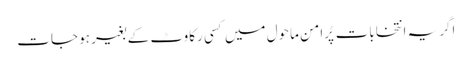
اگر یہ انتخابات پُرامن ماحول میں کسی رکاوٹ کے بغیر ہو جات